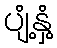
ပျံ့နှံ့